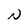
Character: N